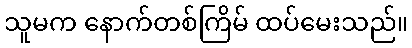
သူမက နောက်တစ်ကြိမ် ထပ်မေးသည်။